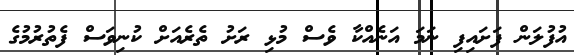
އުފުލަން ފަށައިފި ނަމަ އަނެއްކާ ވެސް މުޅި ރަށު ތެރެއަށް ކުނިވަސް ފެތުރުމުގެ